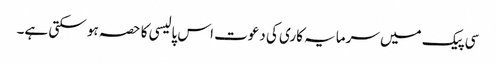
سی پیک میں سرمایہ کاری کی دعوت اس پالیسی کا حصہ ہو سکتی ہے۔